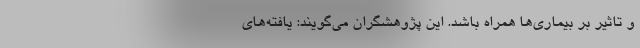
و تاثیر بر بیماری‌ها همراه باشد. این پژوهشگران می‌گویند: یافته‌های